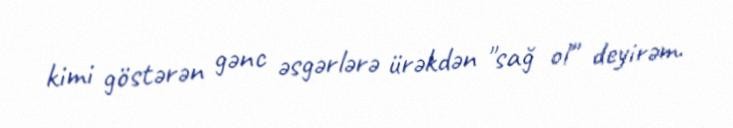
kimi göstərən gənc əsgərlərə ürəkdən "sağ ol" deyirəm.